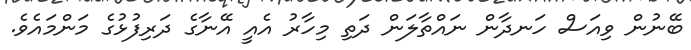
ބޭނުން ވިއަސް ހަނދާން ނައްތާލަން ދަތި މިހާރު އެއީ އޭނާގެ ދަރިފުޅުގެ މަންމައެވެ.